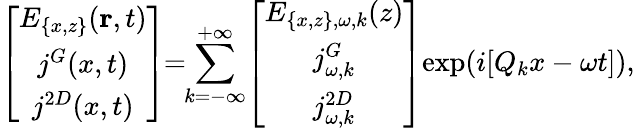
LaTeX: \left[\begin{array}{c}{E_{\{ x,z\} }(\textbf{r},t)}\\ {j^{G}(x,t)}\\ {j^{2D}(x,t)}\end{array}\right]\! \! =\! \! \sum_{k=-\infty}^{+\infty}\! \left[\begin{array}{c}{E_{\{ x,z\} ,\omega,k}(z)}\\ {j_{\omega,k}^{G}}\\ {j_{\omega,k}^{2D}}\end{array}\right]\! \exp(i[Q_{k}x-\omega t]),